Bombay plague: being a history of the progress of plague in the Bombay presidency from September 1896 to June 1899
Year: 1896
Disease focus: Plague
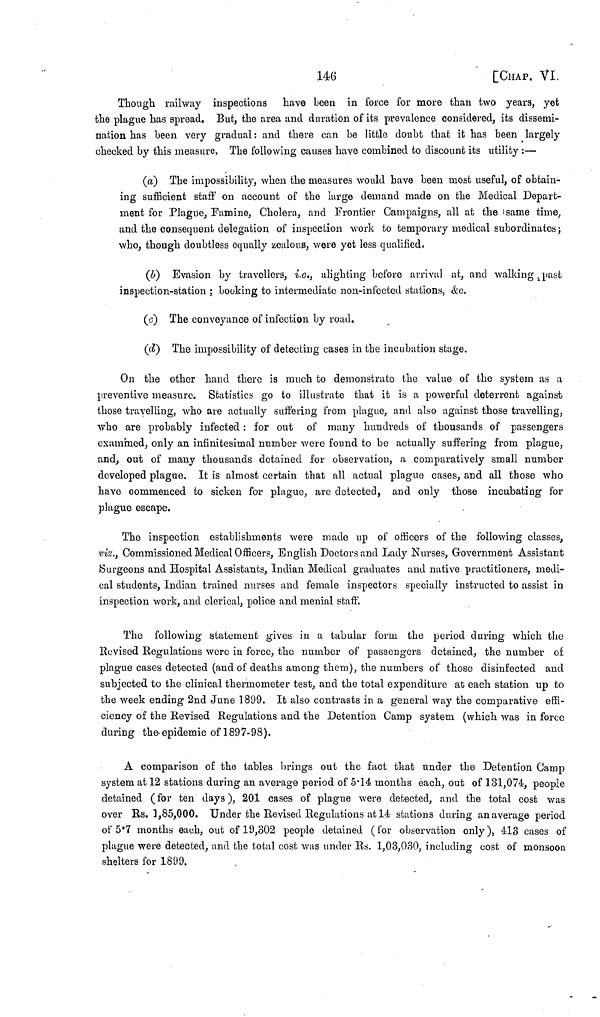
[CHAP. VI.
Though railway inspections have been in force for more than two years, yet
the plague has spread. But, the area and duration of its prevalence considered, its dissemi-
nation has been very gradual : and there can be little doubt that it has been largely
checked by this measure. The following causes have combined to discount its utility :—
(a) The impossibility, when the measures would have been most useful, of obtain-
ing sufficient staff on account of the large demand made on the Medical Depart-
ment for Plague, Famine, Cholera, and Frontier Campaigns, all at the same time,
and the consequent delegation of inspection work to temporary medical subordinates ;
who, though doubtless equally zealous, were yet less qualified.
(b) Evasion by travellers, i.e., alighting before arrival at, and walking past
inspection-station ; booking to intermediate non-infected stations, &c.
(c) The conveyance of infection by road.
(d) The impossibility of detecting cases in the incubation stage.
On the other hand there is much to demónstrate the value of the system as a
preventive measure. Statistics go to illustrate that it is a powerful deterrent against
those travelling, who are actually suffering from plague, and also against those travelling,
who are probably infected : for out of many hundreds of thousands of passengers
examined, only an infinitesimal number were found to be actually suffering from plague,
and, out of many thousands detained for observation, a comparatively small number
developed plague. It is almost certain that all actual plague cases, and all those who
have commenced to sicken for plague, are detected, and only those incubating for
plague escape.
The inspection establishments were made up of officers of the following classes,
viz., Commissioned Medical Officers, English Doctors and Lady Nurses, Government Assistant
Surgeons and Hospital Assistants, Indian Medical graduates and native practitioners, medi-
cal students, Indian trained nurses and female inspectors specially instructed to assist in
inspection work, and clerical, police and menial staff.
The following statement gives in a tabular form the period during which the
Revised Regulations were in force, the number of passengers detained, the number o£
plague cases detected (and of deaths among them), the numbers of those disinfected and
subjected to the clinical thermometer test, and the total expenditure at each station up to
the week ending 2nd June 1899. It also contrasts in a general way the comparative effi-
ciency of the Revised Regulations and the Detention Camp system (which was in force
during the epidemic of 1897-98).
A comparison of the tables brings out the fact that under the Detention Camp
system at 12 stations during an average period of 5 . 14 months each, out of 131,074, people
detained (for ten days), 201 cases of plague were detected, and the total cost was
over Rs. 3,85,000. Under the Revised Regulations at 14 stations during an average period
of 5 . 7 months each, out of 19,302 people detained (for observation only), 413 cases of
plague were detected, and the total cost was under Rs. 1,03,030, including cost of monsoon
shelters for 1899.